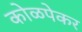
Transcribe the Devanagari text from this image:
कोळपेकर